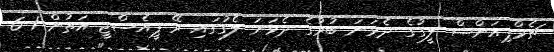
ޗެމްޕިއަންސް ލީގުގެ ދެވަނަ ބުރުގެ ދެވަނަ ލެގުގައި ރޭ ޕީއެސްޖީ އަތުން 1-6